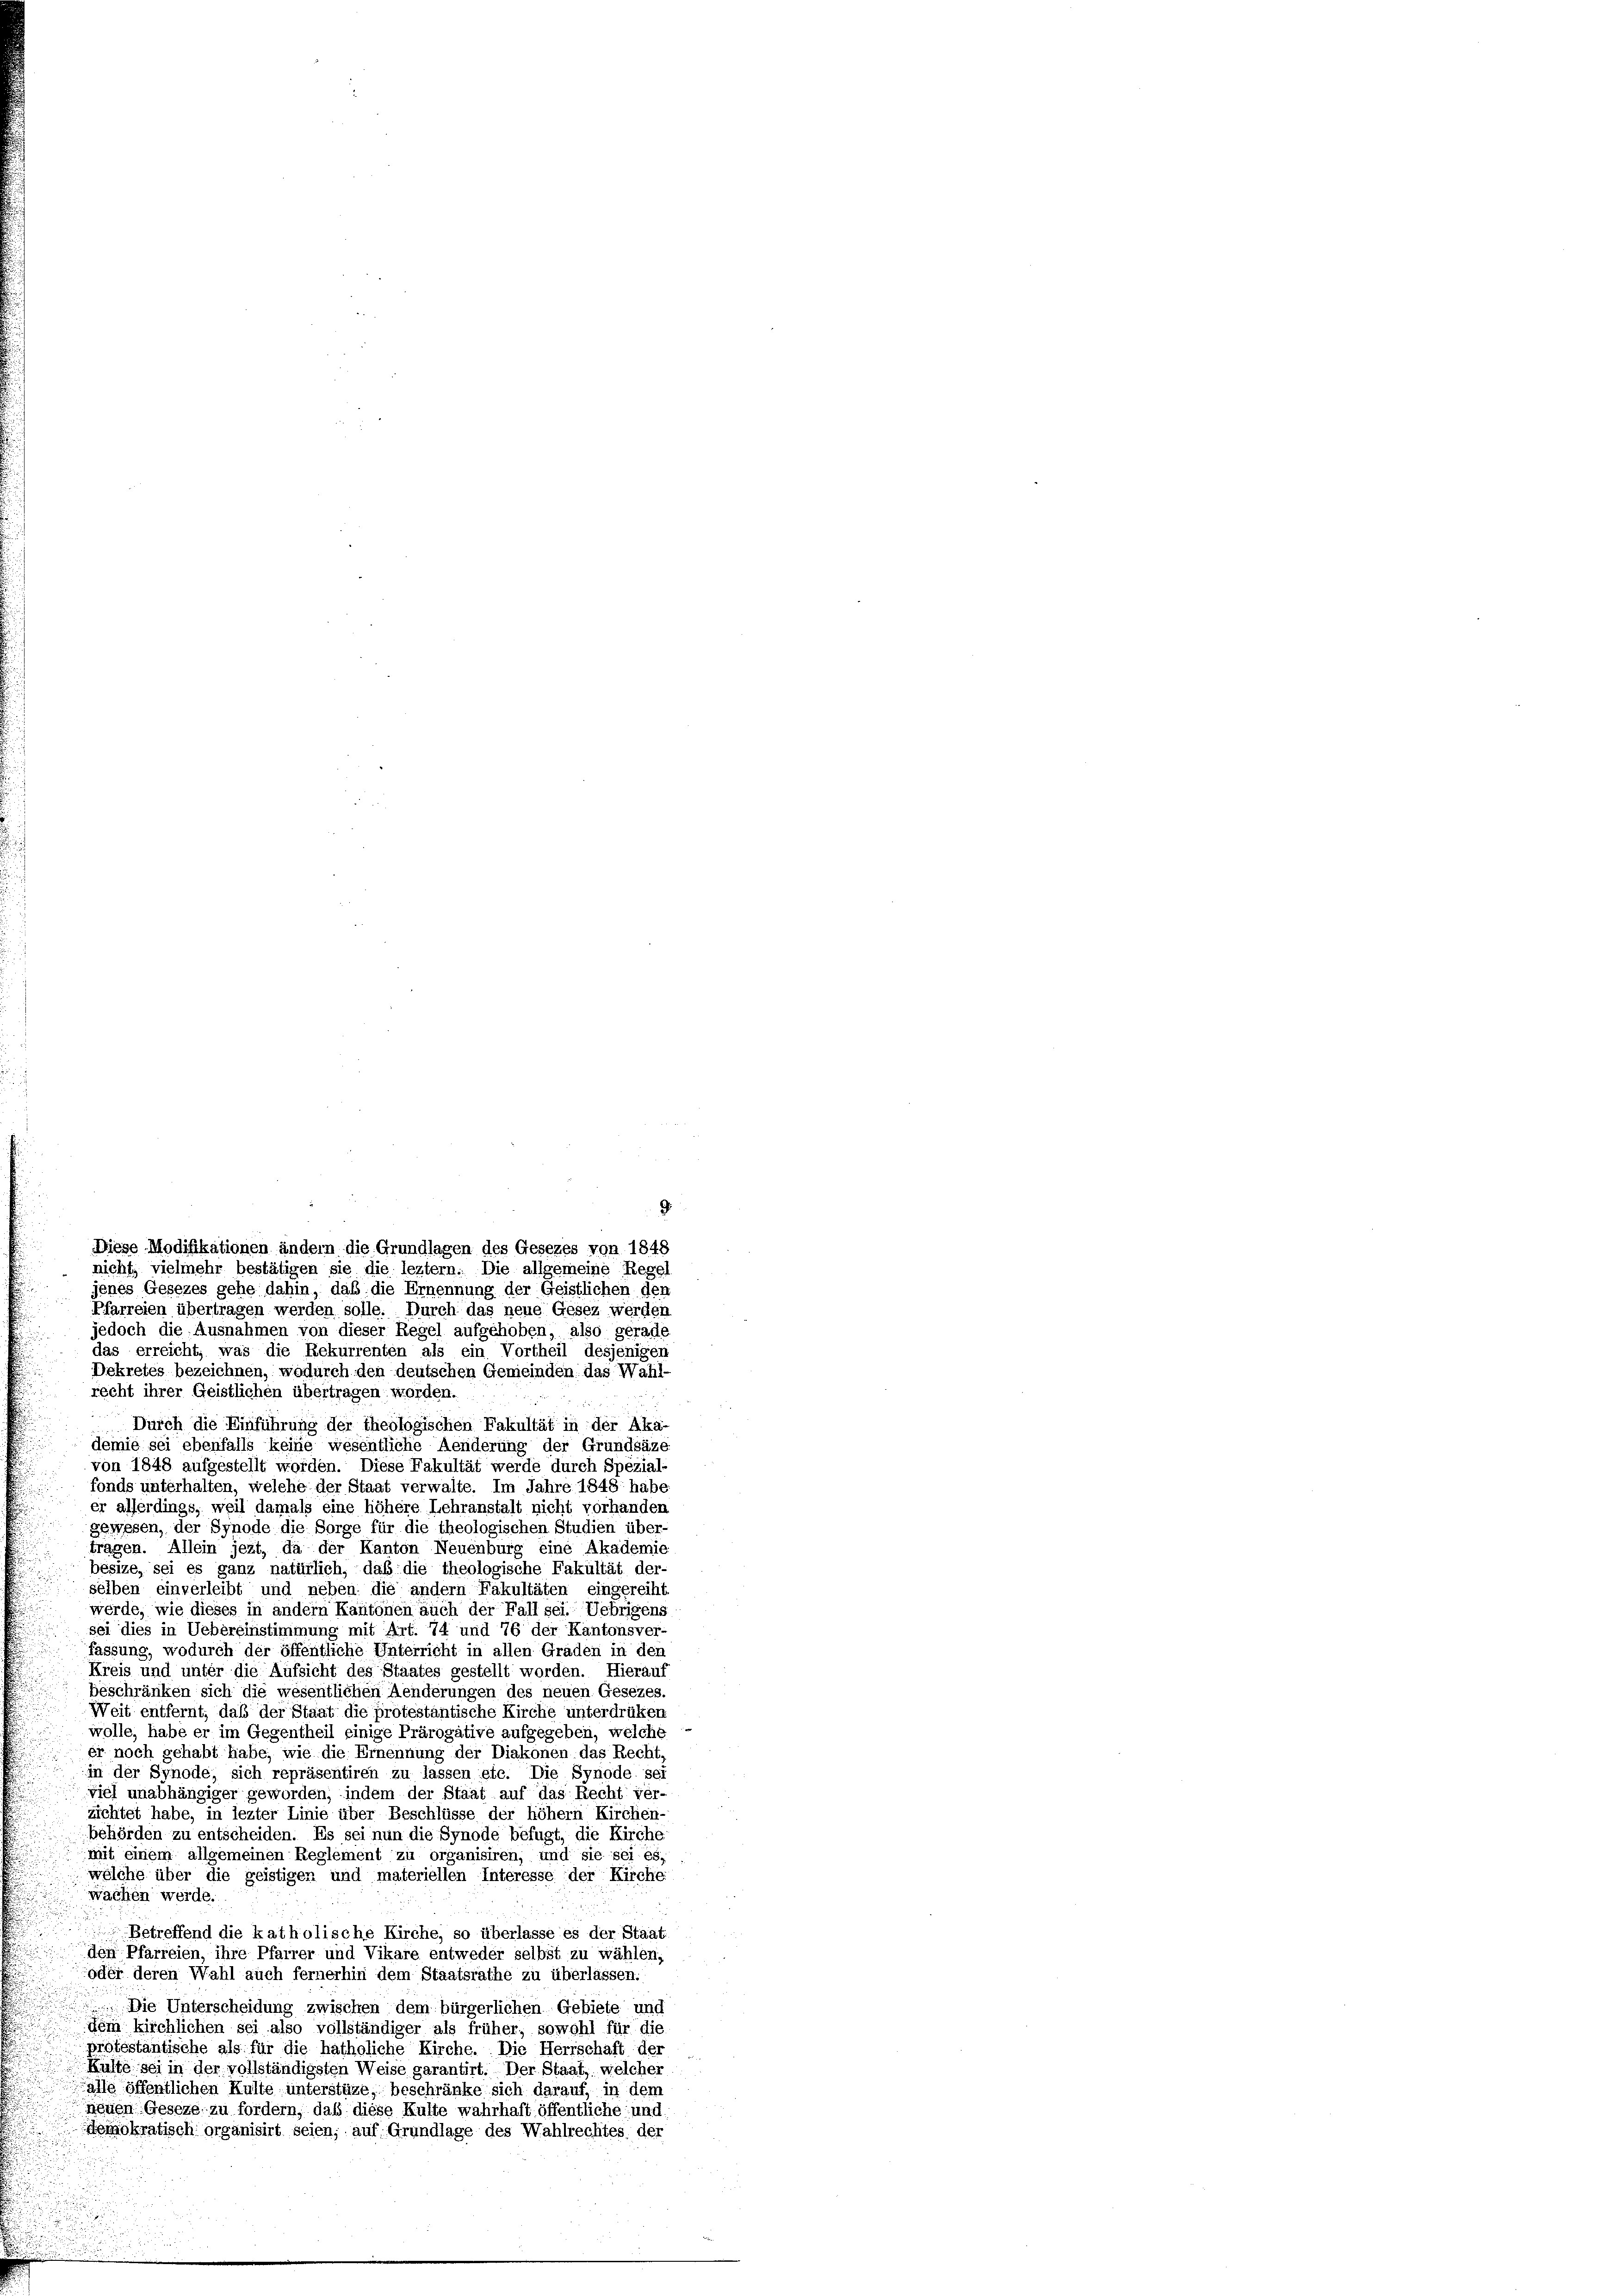
jenes Gesezes gehe dahin, daß die Ernennung der Geistlichen den
Pfarreien übertragen werden solle. Durch das neue Gesez werden
jedoch die Ausnahmen von dieser Regel aufgehoben, also gerade
das erreicht, was die Rekurrenten als ein Vortheil desjenigen
Dekretes bezeichnen, wodurch den deutschen Gemeinden das Wahl-
recht ihrer Geistlichen übertragen worden.
Durch die Einführung der theologischen Fakultät in der Aka-
demie sei ebenfalls keine wesentliche Aenderung der Grundsäze
von 1848 aufgestellt worden. Diese Fakultät werde durch Spezial-
fonds unterhalten, welche der Staat verwalte. Im Jahre 1848 habe
er allerdings, weil damals eine höhere Lehranstalt nicht vorhanden
gewesen, der Synode die Sorge für die theologischen Studien über-
tragen. Allein jezt, da der Kanton Neuenburg eine Akademie
bésize, sei es ganz natürlich, daß die theologische Fakultät der-
selben einverleibt und neben die andern Fakultäten eingereiht
werde, wie dieses in andern Kantonen auch der Fall sei. Uebrigens
sei dies in Uebereinstimmung mit Art. 74 und 76 der Kantonsver-
fassung, wodurch der öffentliche Unterricht in allen Graden in der
Kreis und unter die Aufsicht des Staates gestellt worden. Hierau
beschränken sich die wesentlichen Aenderungen des neuen Gesezes.
Weit entfernt, daß der Staat die protestantische Kirche unterdrüken
wolle, habe er im Gegentheil einige Prärogative aufgegeben, welche
er noch gehabt habe, wie die Ernennung der Diakonen das Recht,
in der Synode, sich repräsentiren zu lassen etc. Die Synode sei
viel unabhängiger geworden, indem der Staat auf das Recht ver
zichtet habe, in lezter Linie über Beschlüsse der höher Kirchen-
behörden zu entscheiden. Es sei nun die Synode befugt, die Kirche
mit einem allgemeinen Reglement zu organisiren, und sie sei es,
wölche über die geistigen und materiellen Interesse der Kirche
wachen werde.
Betreffend die katholische Kirche, so überlasse es der Staat
den Pfarreien, ihre Pfarrer und Vikare entweder selbst zu wählen,
oder deren Wahl auch fernerhin dem Staatsrathe zu überlassen.
Die Unterscheidung zwischen dem bürgerlichen Gebiete und
dem kirchlichen sei also vollständiger als früher, sowohl für die
protestantische als für die hatholiche Kirche. Die Herrschaft der
Küste sei in der vollständigsten Weise garantirt. Der Staat, welcher
alle öffentlichen Kulte unterstüze, beschränke sich darauf, in dem
neuen Geseze zu fordern, daß diese Kulte wahrhaft öffentliche und
demokratisch organisirt seien, auf Grundlage des Wahlrechtes der

9
Diese Modifikationen andern die Grundlagen des Gesezes von 1848
nicht, vielmehr bestätigen sie die leztem. Die allgemeine Regel